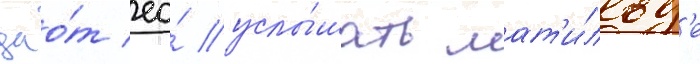
дао́т ео́ услы́шать мат'и́льд'е